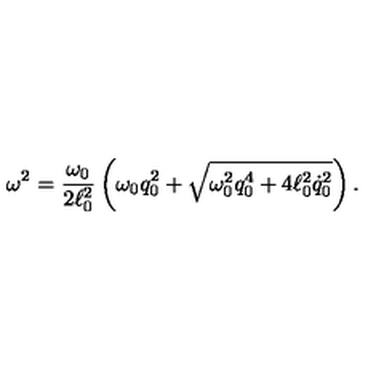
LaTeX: \omega ^ { 2 } = { \frac { \omega _ { 0 } } { 2 \ell _ { 0 } ^ { 2 } } } \left( \omega _ { 0 } q _ { 0 } ^ { 2 } + \sqrt { \omega _ { 0 } ^ { 2 } q _ { 0 } ^ { 4 } + 4 \ell _ { 0 } ^ { 2 } \dot { q } _ { 0 } ^ { 2 } } \right) .